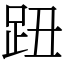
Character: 𧿔